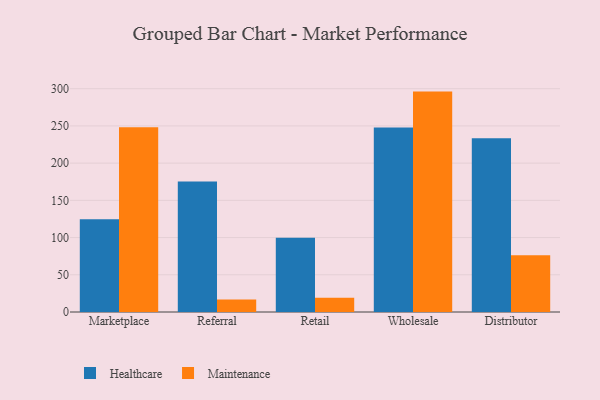
{"axis": {"x": "Channel", "y": "Net Income (USD K)"}, "legend": ["Healthcare", "Maintenance"], "data": [{"x": "Marketplace", "y": 124.7, "type": "Healthcare"}, {"x": "Marketplace", "y": 248.1, "type": "Maintenance"}, {"x": "Referral", "y": 175.2, "type": "Healthcare"}, {"x": "Referral", "y": 16.7, "type": "Maintenance"}, {"x": "Retail", "y": 99.6, "type": "Healthcare"}, {"x": "Retail", "y": 19.2, "type": "Maintenance"}, {"x": "Wholesale", "y": 247.8, "type": "Healthcare"}, {"x": "Wholesale", "y": 296.1, "type": "Maintenance"}, {"x": "Distributor", "y": 233.5, "type": "Healthcare"}, {"x": "Distributor", "y": 76.1, "type": "Maintenance"}]}